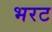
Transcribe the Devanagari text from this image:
भरट